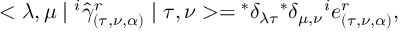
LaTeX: < \lambda , \mu \mid { } ^ { i } { \hat { \gamma } } _ { ( \tau , \nu , \alpha ) } ^ { r } \mid \tau , \nu > = { } ^ { * } \delta _ { \lambda \tau } { } ^ { * } \delta _ { \mu , \nu } { } ^ { i } e _ { ( \tau , \nu , \alpha ) } ^ { r } ,